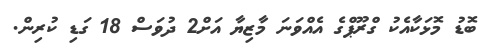
ބޮޑު މޮޅަކާއެކު ގްރޫޕްގެ އެއްވަނަ މާޒިޔާ އަށް2 ދުވަސް 18 ގަޑި ކުރިން.